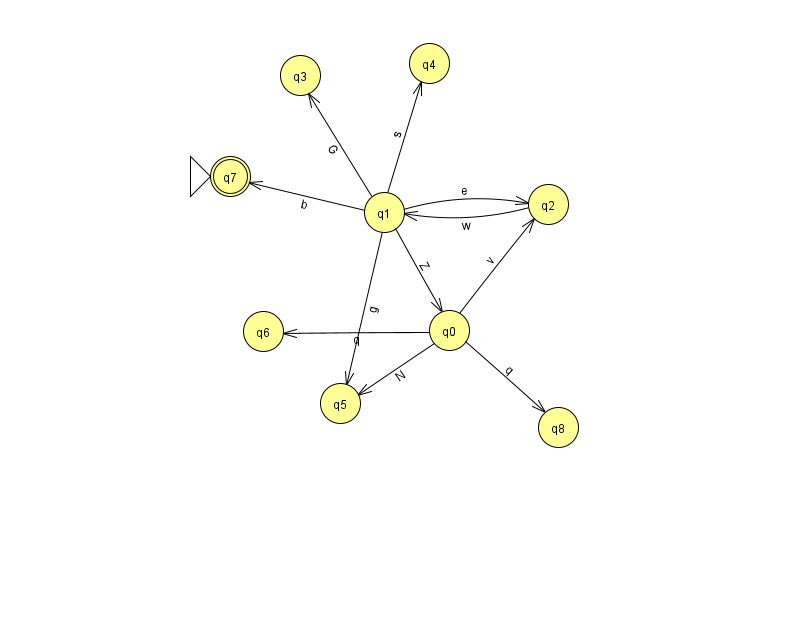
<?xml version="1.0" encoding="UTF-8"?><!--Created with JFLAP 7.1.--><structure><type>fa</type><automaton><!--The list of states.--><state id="0" name="q0"><x>449.0</x><y>317.0</y></state><state id="1" name="q1"><x>384.0</x><y>199.0</y></state><state id="2" name="q2"><x>548.0</x><y>191.0</y></state><state id="3" name="q3"><x>300.0</x><y>62.0</y></state><state id="4" name="q4"><x>429.0</x><y>50.0</y></state><state id="5" name="q5"><x>340.0</x><y>390.0</y></state><state id="6" name="q6"><x>263.0</x><y>318.0</y></state><state id="7" name="q7"><x>230.0</x><y>163.0</y><initial/><final/></state><state id="8" name="q8"><x>558.0</x><y>414.0</y></state><!--The list of transitions.--><transition><from>1</from><to>5</to><read>g</read></transition><transition><from>0</from><to>8</to><read>q</read></transition><transition><from>1</from><to>7</to><read>b</read></transition><transition><from>1</from><to>0</to><read>Z</read></transition><transition><from>0</from><to>6</to><read>q</read></transition><transition><from>0</from><to>2</to><read>v</read></transition><transition><from>1</from><to>2</to><read>e</read></transition><transition><from>1</from><to>4</to><read>s</read></transition><transition><from>0</from><to>5</to><read>N</read></transition><transition><from>1</from><to>3</to><read>G</read></transition><transition><from>2</from><to>1</to><read>w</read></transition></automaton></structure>